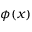
\phi ( x )